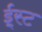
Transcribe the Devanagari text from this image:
ई्स्ट